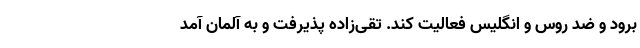
برود و ضد روس و انگلیس فعالیت کند. تقی‌زاده پذیرفت و به آلمان آمد